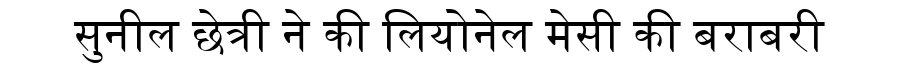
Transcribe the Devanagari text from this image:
सुनील छेत्री ने की लियोनेल मेसी की बराबरी